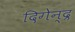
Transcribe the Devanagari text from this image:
दिगेन्द्र